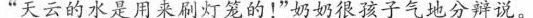
“天云的水是用来刷灯笼的!”奶奶很孩子气地分辩说。